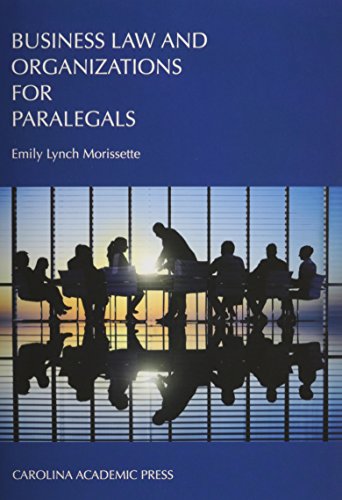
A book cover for Business Law and Organizations for Paralegals; Emily Lynch Morissette; Law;